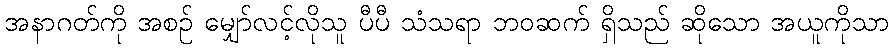
အနာဂတ်ကို အစဉ် မျှော်လင့်လိုသူ ပီပီ သံသရာ ဘဝဆက် ရှိသည် ဆိုသော အယူကိုသာ